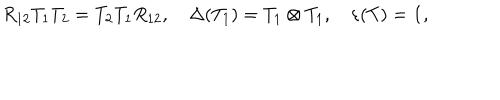
R _ { 1 2 } T _ { 1 } T _ { 2 } = T _ { 2 } T _ { 1 } R _ { 1 2 } , \Delta ( T _ { 1 } ) = T _ { 1 } \otimes T _ { 1 } , \varepsilon ( T ) = { \bf 1 } ,